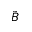
\tilde { B }